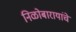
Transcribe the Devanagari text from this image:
निळोबारायांचे